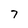
Character: 7